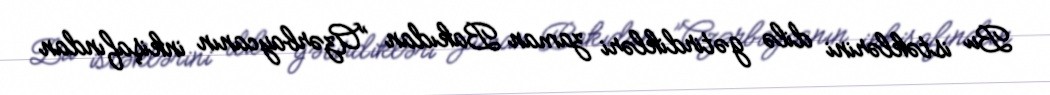
Bu istəklərini dilə gətirdikləri zaman Bakıdan ”Azərbaycanın inkişafından